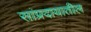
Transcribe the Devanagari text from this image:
सांप्रदायातील